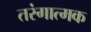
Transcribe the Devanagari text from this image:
तरंगात्मक